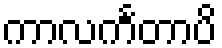
ကာလင်္ကတာပိ